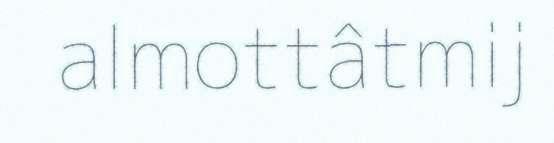
almottâtmij